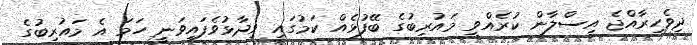
ދިވެހިރާއްޖެ އިސްލާން ކުރެއްވީ މައުރިބުގެ ބޭފުޅެއް ކަމުގައި ވިދާޅުވެފައިވަނީ ހަމަ އެ މައުރިބުގެ